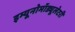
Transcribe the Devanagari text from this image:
इम्यूनोमॉड्यूलेटरी